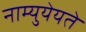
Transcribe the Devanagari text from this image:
नाम्युयेयते